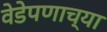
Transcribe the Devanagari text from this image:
वेडेपणाच्या